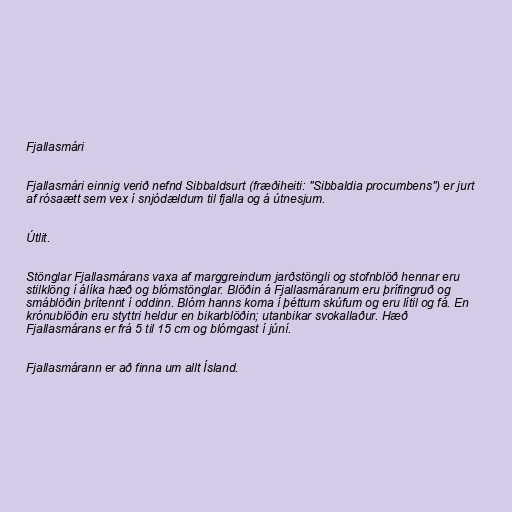
Fjallasmári

Fjallasmári einnig verið nefnd Sibbaldsurt (fræðiheiti: "Sibbaldia procumbens") er jurt
af rósaætt sem vex í snjódældum til fjalla og á útnesjum.

Útlit.

Stönglar Fjallasmárans vaxa af marggreindum jarðstöngli og stofnblöð hennar eru
stilklöng í álíka hæð og blómstönglar. Blöðin á Fjallasmáranum eru þrífingruð og
smáblöðin þrítennt í oddinn. Blóm hanns koma í þéttum skúfum og eru lítil og fá. En
krónublöðin eru styttri heldur en bikarblöðin; utanbikar svokallaður. Hæð
Fjallasmárans er frá 5 til 15 cm og blómgast í júní.

Fjallasmárann er að finna um allt Ísland.